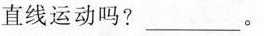
直线运动吗?___。